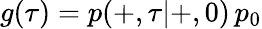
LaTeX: g(\tau)=p(+,\tau|+,0)\, p_{0}